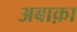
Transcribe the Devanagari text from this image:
अबाक़ा